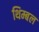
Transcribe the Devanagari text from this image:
थिम्बल